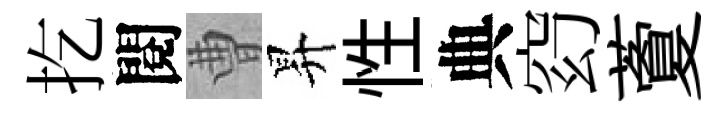
扢閱曹昇性典𥥆藑